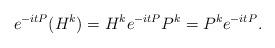
LaTeX: \begin{align*}e^{-itP}(H^{k}) = H^{k} e^{-itP}P^k =P^ke^{-itP}.\end{align*}